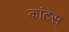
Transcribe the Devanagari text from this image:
कांटस